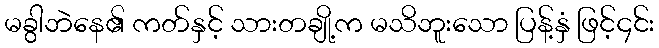
မခွါဘဲနေ၏ ကတ်နှင့် သားတချို့က မသိဘူးသော ပြန့်နှံ ဖြင့်၄င်း